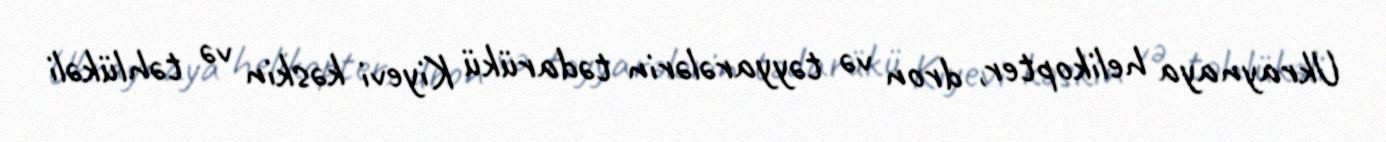
Ukraynaya helikopter, dron və təyyarələrin tədarükü Kiyevi kəskin və təhlükəli